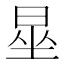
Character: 𪰦